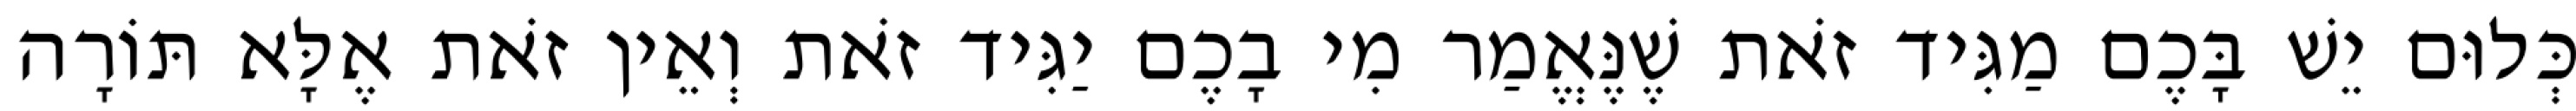
כְּלוּם יֵשׁ בָּכֶם מַגִּיד זֹאת שֶׁנֶּאֱמַר מִי בָכֶם יַגִּיד זֹאת וְאֵין זֹאת אֶלָּא תּוֹרָה